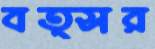
বত্সর